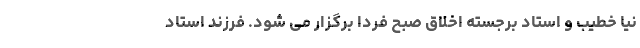
نیا خطیب و استاد برجسته اخلاق صبح فردا برگزار می شود. فرزند استاد